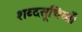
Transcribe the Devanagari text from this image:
शब्दसूचियाँ।